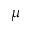
\mu